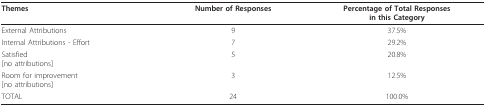
<table><thead><tr><td><b>Themes</b></td><td><b>Number of Responses</b></td><td><b>Percentage of Total Responsesin this Category</b></td></tr></thead><tbody><tr><td>External Attributions</td><td>9</td><td>37.5%</td></tr><tr><td>Internal Attributions - Effort</td><td>7</td><td>29.2%</td></tr><tr><td>Satisfied[no attributions]</td><td>5</td><td>20.8%</td></tr><tr><td>Room for improvement[no attributions]</td><td>3</td><td>12.5%</td></tr><tr><td>TOTAL</td><td>24</td><td>100.0%</td></tr></tbody></table>